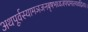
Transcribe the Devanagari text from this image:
अथपूर्वस्यामञजनबृषभध्वजपद्ममाल्यवद्गिरयः।